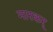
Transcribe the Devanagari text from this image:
मारकर्